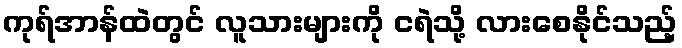
ကုရ်အာန်ထဲတွင် လူသားများကို ငရဲသို့ လားစေနိုင်သည့်